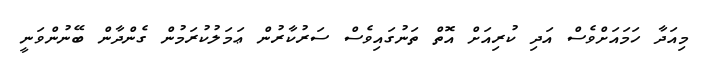
މިއަދާ ހަމައަށްވެސް އަދި ކުރިއަށް އޮތް ތަނުގައިވެސް ސަރުކާރުން ޢަމަލުކުރަމުން ގެންދާން ބޭނުންވަނީ